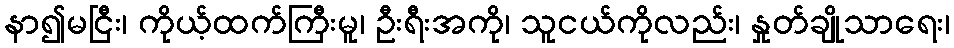
နာ၍မငြီး၊ ကိုယ့်ထက်ကြီးမူ၊ ဦးရီးအကို၊ သူငယ်ကိုလည်း၊ နှုတ်ချိုသာရေး၊